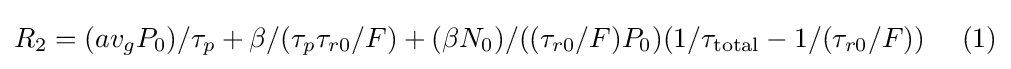
R_{2}=(av_{g}P_{0})/\tau _{p}+\beta /(\tau _{p}\tau _{r0}/F)+(\beta N_{0})/((\tau _{r0}/F)P_{0})(1/\tau _{\text{total}}-1/(\tau _{r0}/F))\,\,\,\,\,\,\,\,(1)